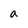
Character: a